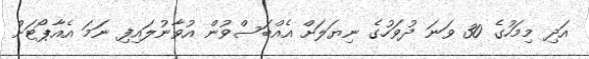
އަދި މިމަހުގެ 30 ވަނަ ދުވަހުގެ ނިޔަލަށް އެއްބަސްވުން އުވާނުލައިފި ނަމަ އެއާޕޯޓަށް